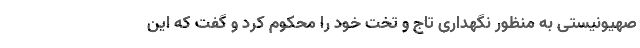
صهیونیستی به منظور نگهداری تاج و تخت خود را محکوم کرد و گفت که این